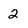
Character: 2